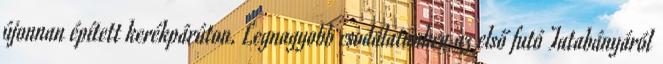
újonnan épített kerékpárúton. Legnagyobb csodálatunkra az első futó Tatabányáról